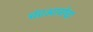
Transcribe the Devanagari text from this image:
चंद्रभागेचा